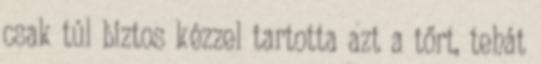
csak túl biztos kézzel tartotta azt a tőrt, tehát